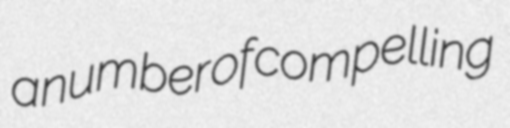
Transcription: a number of compelling